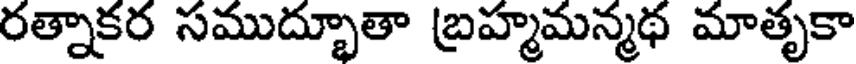
రత్నాకర సముద్భూతా బ్రహ్మమన్మథ మాతృకా